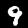
Label: 9